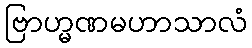
ဗြာဟ္မဏမဟာသာလံ